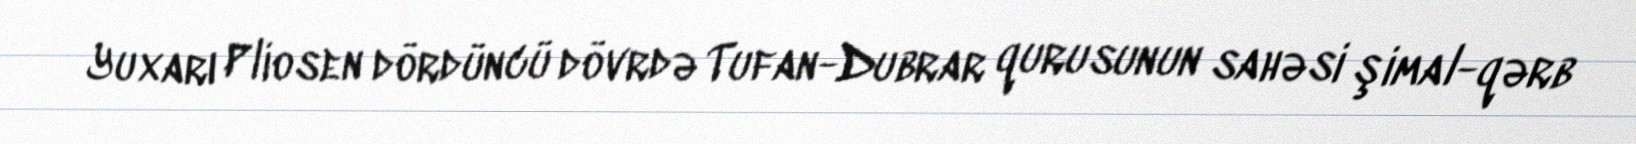
Yuxarı Pliosen dördüncü dövrdə Tufan-Dubrar qurusunun sahəsi şimal-qərb